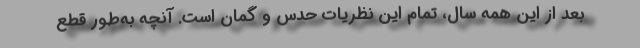
بعد از این همه سال، تمام این نظریات حدس و گمان است. آنچه به‌طور قطع